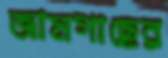
জামগাছের